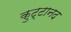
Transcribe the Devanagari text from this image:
कुट्टानद